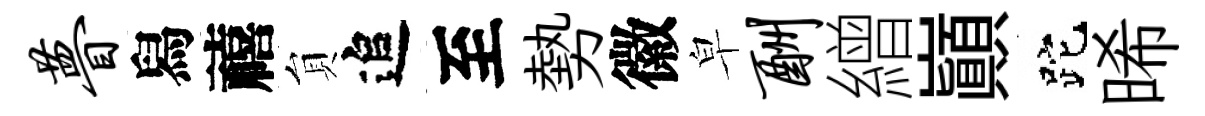
瞢舄禧貟追至勢徽皁酬繒巔跎晞